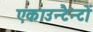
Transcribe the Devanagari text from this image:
एकाउन्टैन्टों